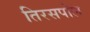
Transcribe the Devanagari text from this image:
तिरसपोल